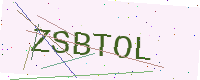
Text: ZSBTOL